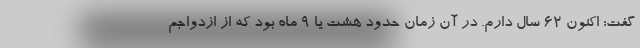
گفت: اکنون ۶۲ سال دارم. در آن زمان حدود هشت یا ۹ ماه بود که از ازدواجم